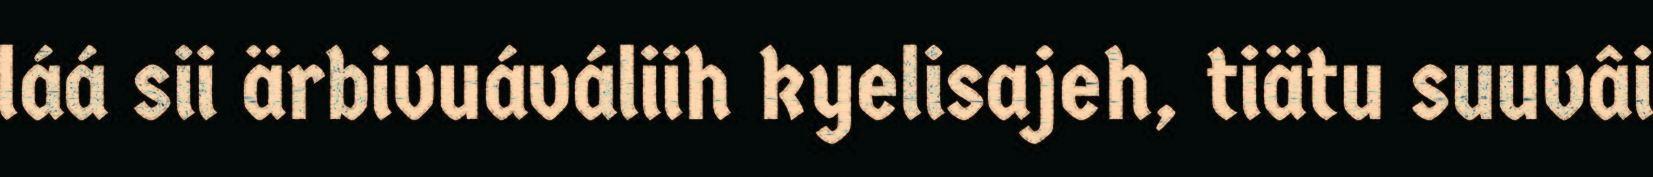
láá sii ärbivuáváliih kyelisajeh, tiätu suuvâi